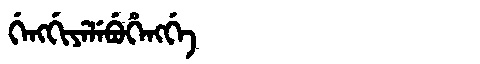
Manchu: ᡤᡝᠩᡤᡳᠶᡝᠯᡝᠪᡠᡥᡝᠩᡤᡝ
Romanization: GENGGIYELEBUHENGGE